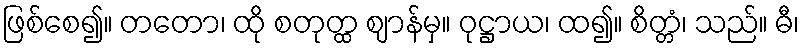
ဖြစ်စေ၍။ တတော၊ ထို စတုတ္ထ ဈာန်မှ။ ဝုဋ္ဌာယ၊ ထ၍။ စိတ္တံ၊ သည်။ ဓီ၊